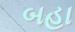
બહા